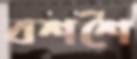
বশশৈ